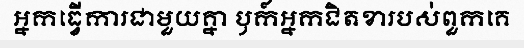
អ្នកធ្វើការជាមួយគ្នា ឫក៍អ្នកជិតខារបស់ពួកគេ